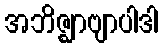
အဘိဇ္ဈာဗျာပါဒါ